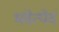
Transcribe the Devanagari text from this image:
भवेत्येवं